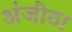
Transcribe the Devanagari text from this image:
अंजीठा